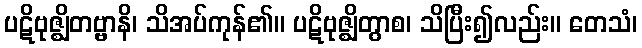
ပဋိဗုဇ္ဈိတဗ္ဗာနိ၊ သိအပ်ကုန်၏။ ပဋိဗုဇ္ဈိတွာစ၊ သိပြီး၍လည်း။ တေသံ၊